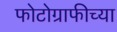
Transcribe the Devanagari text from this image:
फोटोग्राफीच्या